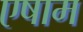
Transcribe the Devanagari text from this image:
एषाम